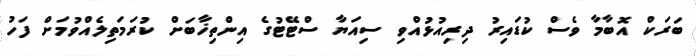
ބަރަކް އޮބާމާ ވެސް ކުޑައިރު ދިރިއުޅުއްވި ސިއަޔާ ސްޓޭޓުގެ އިންތިޚާބަށް ކުރަމަތިލެއްވުމަށް ފަހު